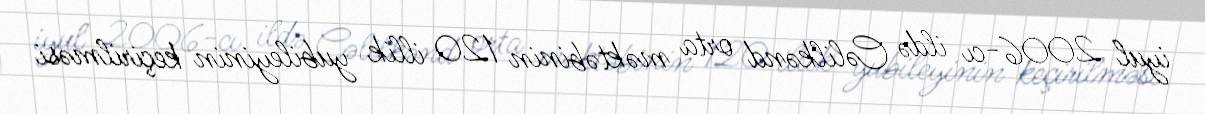
iyul 2006-cı ildə Cəlilkənd orta məktəbinin 120 illik yubileyinin keçirilməsi